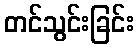
တင်သွင်းခြင်း